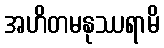
အဟိတမနုဿရာမိ